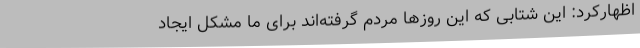
اظهارکرد: این شتابی که این روزها مردم گرفته‌اند برای ما مشکل ایجاد